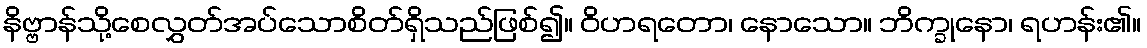
နိဗ္ဗာန်သို့စေလွှတ်အပ်သောစိတ်ရှိသည်ဖြစ်၍။ ဝိဟရတော၊ နောသော။ ဘိက္ခုနော၊ ရဟန်း၏။